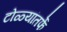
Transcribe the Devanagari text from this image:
टोळ्यांतर्फे